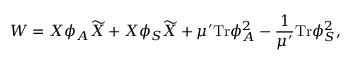
W = X \phi _ { A } { \widetilde X } + X \phi _ { S } { \widetilde X } + \mu ^ { \prime } \mathrm { T r } \phi _ { A } ^ { 2 } - \frac { 1 } { \mu ^ { \prime } } \mathrm { T r } \phi _ { S } ^ { 2 } ,